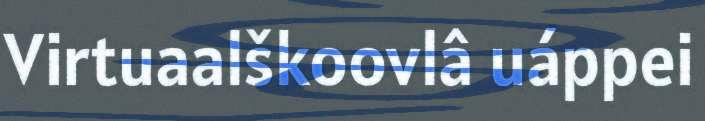
Virtuaalškoovlâ uáppei